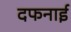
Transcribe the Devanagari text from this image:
दफनाई